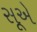
સૂએ